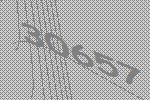
30657